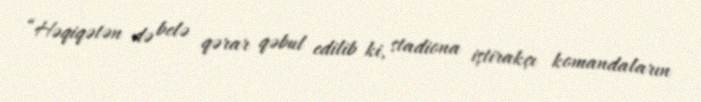
“Həqiqətən də belə qərar qəbul edilib ki, stadiona iştirakçı komandaların